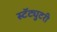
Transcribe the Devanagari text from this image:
स्टॅट्युटरी